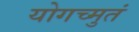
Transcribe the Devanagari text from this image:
योगच्मुतं